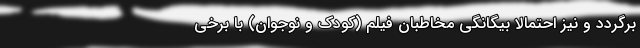
برگردد و نیز احتمالاً بیگانگیِ مخاطبان فیلم (کودک و نوجوان) با برخی